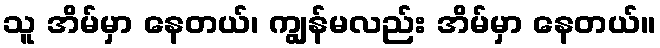
သူ အိမ်မှာ နေတယ်၊ ကျွန်မလည်း အိမ်မှာ နေတယ်။